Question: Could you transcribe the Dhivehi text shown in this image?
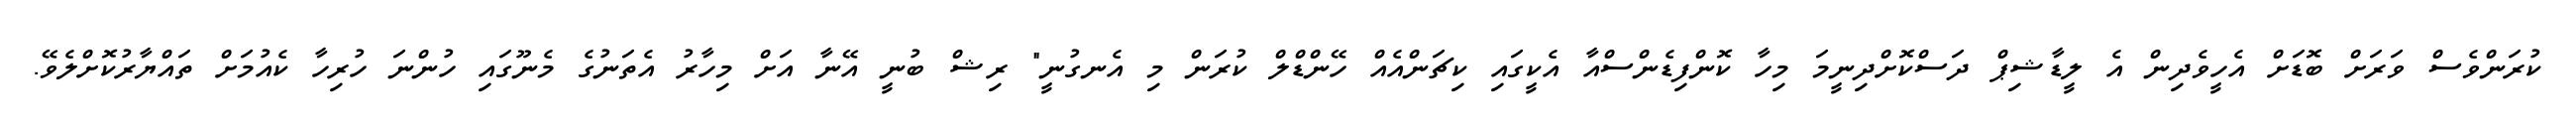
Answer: ކުރަންވެސް ވަރަށް ބޮޑަށް އެހީވެދިން އެ ލީޑާޝިޕް ދަސްކޮށްދިނީމަ މިހާ ކޮންފިޑެންސްއާ އެކީގައި ކިޗަންއެއް ހޭންޑްލް ކުރަން މި އެނގުނީ" ރިޝް ބުނީ އޭނާ އަށް މިހާރު އެތަނުގެ މެނޫގައި ހުންނަ ހުރިހާ ކެއުމަށް ތައްޔާރުކޮށްލެވޭ.